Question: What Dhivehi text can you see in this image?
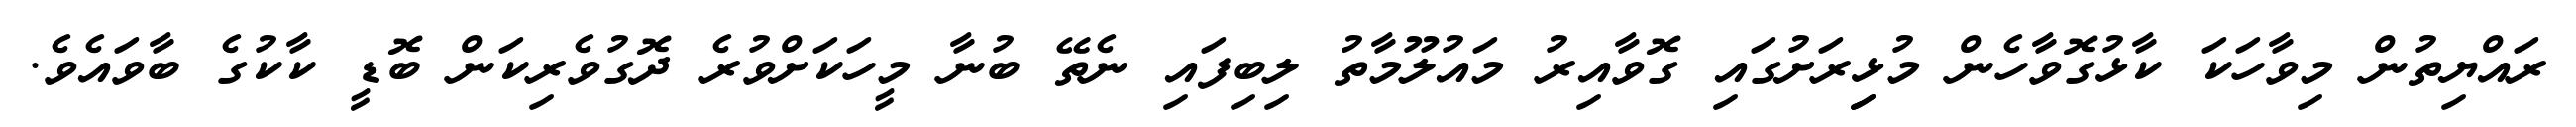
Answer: ރައްޔިތުން މިވާހަކަ ކާޅުގޮވާހެން މުޅިިރަށުގައި ގޮވާއިރު މައުލޫމާތު ލިބިފައި ނެތޭ ބުނާ މީހަކަށްވުރެ ދޮގުވެރިކަން ބޮޑީ ކާކުގެ ބާވައެވެ.